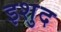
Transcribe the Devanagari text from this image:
इशुद